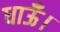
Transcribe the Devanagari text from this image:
धाऊँ।